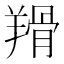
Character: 𦎰